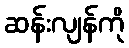
ဆန်းလျန်ကို